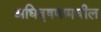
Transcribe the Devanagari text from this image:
अधिवृषणामधील